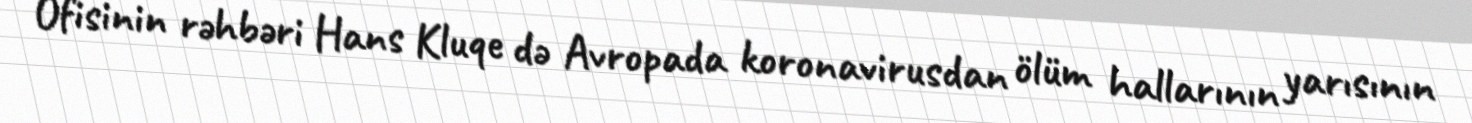
Ofisinin rəhbəri Hans Kluqe də Avropada koronavirusdan ölüm hallarının yarısının